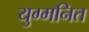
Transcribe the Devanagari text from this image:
युग्‍मनित